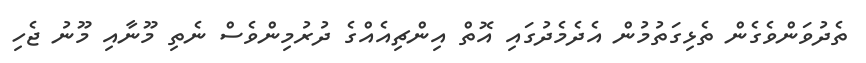
ތެދުވަންވެގެން ތެޅިގަތުމުން އެދެމެދުގައި އޮތް އިންޗިއެއްގެ ދުރުމިންވެސް ނެތި މޫނާއި މޫނު ޖެހި